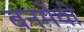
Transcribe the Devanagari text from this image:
बनमेथी